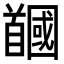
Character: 𩠲